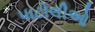
પાટોલીઓ